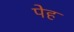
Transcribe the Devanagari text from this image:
पेह